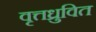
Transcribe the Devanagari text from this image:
वृत्तध्रुवित